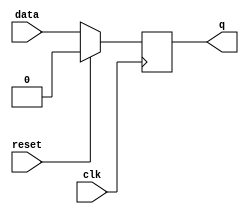
module dff_sync_reset (
data   , // Data Input
clk    , // Clock Input
reset  , // Reset input
q        // Q output
);

input data, clk, reset ; 
output q;
reg q;
always @ ( posedge clk)
if (reset) begin
  q <= 1'b0;
end  else begin
  q <= data;
end

endmodule  

module dff_sync_reset_tb;
reg data, clk, reset ; 
wire q;
dff_sync_reset dffr (.data(data), .clk(clk), .reset(reset)  ,.q(q));
initial
begin
 clk=0;
 data = 0;
 reset = 1;
#5 reset = 0;
#80 reset = 1;
 $monitor($time, "\tclk=%b\t ,reset=%b\t, data=%b\t,  q=%b",clk,reset,data,q);
 #100 $finish;
end
 always #5  clk = ~clk;
 always #30 data = ~data;
 endmodule